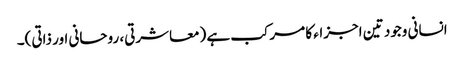
انسانی وجود تین اجزاء کا مرکب ہے (معاشرتی، روحانی اور ذاتی)۔